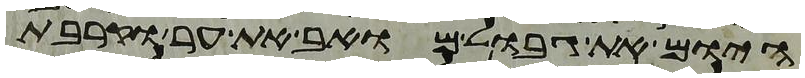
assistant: היום את גבול מואב את ער וקרבת